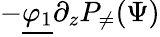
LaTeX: -\underline{{\varphi_{1}}}\partial_{z}P_{\neq}(\Psi)